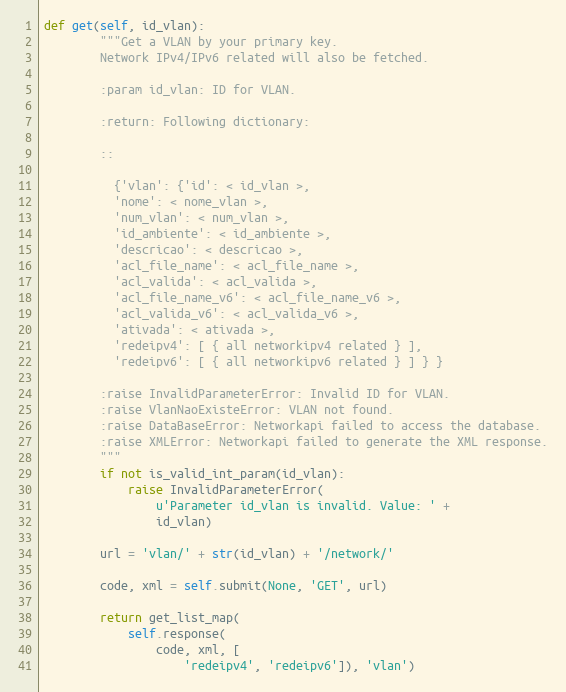
Language: Python
def get(self, id_vlan):
        """Get a VLAN by your primary key.
        Network IPv4/IPv6 related will also be fetched.

        :param id_vlan: ID for VLAN.

        :return: Following dictionary:

        ::

          {'vlan': {'id': < id_vlan >,
          'nome': < nome_vlan >,
          'num_vlan': < num_vlan >,
          'id_ambiente': < id_ambiente >,
          'descricao': < descricao >,
          'acl_file_name': < acl_file_name >,
          'acl_valida': < acl_valida >,
          'acl_file_name_v6': < acl_file_name_v6 >,
          'acl_valida_v6': < acl_valida_v6 >,
          'ativada': < ativada >,
          'redeipv4': [ { all networkipv4 related } ],
          'redeipv6': [ { all networkipv6 related } ] } }

        :raise InvalidParameterError: Invalid ID for VLAN.
        :raise VlanNaoExisteError: VLAN not found.
        :raise DataBaseError: Networkapi failed to access the database.
        :raise XMLError: Networkapi failed to generate the XML response.
        """
        if not is_valid_int_param(id_vlan):
            raise InvalidParameterError(
                u'Parameter id_vlan is invalid. Value: ' +
                id_vlan)

        url = 'vlan/' + str(id_vlan) + '/network/'

        code, xml = self.submit(None, 'GET', url)

        return get_list_map(
            self.response(
                code, xml, [
                    'redeipv4', 'redeipv6']), 'vlan')